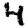
Digit: 4